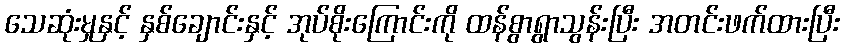
သေဆုံးမှုနှင့် နှစ်ချောင်းနှင့် အုပ်စိုးကြောင်းကို ထန်စွာရွာသွန်းပြီး အတင်းဖက်ထားပြီး